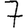
Digit: 7